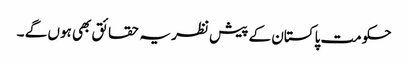
حکومت پاکستان کے پیش نظر یہ حقائق بھی ہوں گے ۔